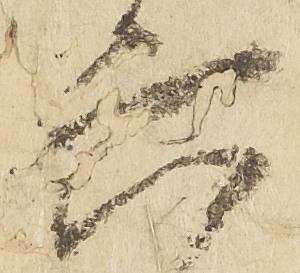
六